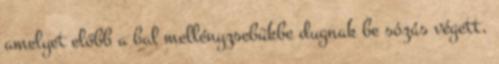
amelyet előbb a bal mellényzsebükbe dugnak be sózás végett,